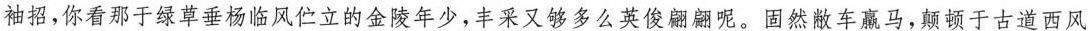
袖招，你看那于绿草垂杨临风伫立的金陵年少,丰采又够多么英俊翩翩呢。固然敞车赢马,颠顿于古道西风